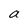
Character: a